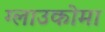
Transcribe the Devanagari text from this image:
ग्लाउकोमा